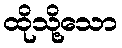
ထိုသို့သော